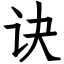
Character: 诀